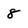
Character: 8